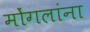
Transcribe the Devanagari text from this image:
मोंगलांना